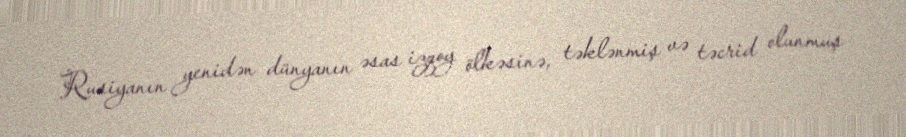
Rusiyanın yenidən dünyanın əsas izqoy ölkəsinə, təklənmiş və təcrid olunmuş